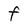
Character: f